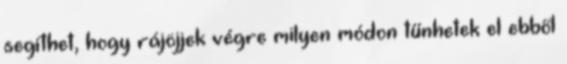
segíthet, hogy rájöjjek végre milyen módon tűnhetek el ebből